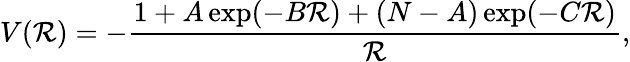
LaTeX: V(\mathcal{R})=-\frac{{1+A\exp(-B\mathcal{R})+(N-A)\exp(-C\mathcal{R})}}{{\mathcal{R}}},